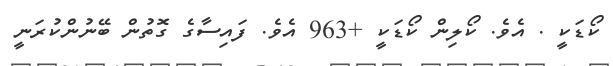
ކޯޑަކީ . އެވެ. ކޯލިން ކޯޑަކީ +963 އެވެ. ފައިސާގެ ގޮތުން ބޭނުންކުރަނީ